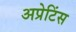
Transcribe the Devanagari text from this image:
अप्रेटिंस